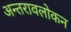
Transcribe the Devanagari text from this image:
अन्तरावलोकन